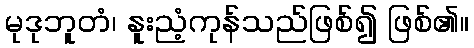
မုဒုဘူတံ၊ နူးညံ့ကုန်သည်ဖြစ်၍ ဖြစ်၏။